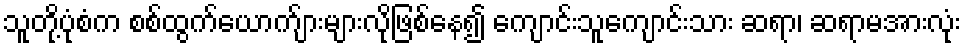
သူတို့ပုံစံက စစ်ထွက်ယောက်ျားများလိုဖြစ်နေ၍ ကျောင်းသူကျောင်းသား ဆရာ၊ ဆရာမအားလုံး